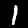
Digit: 1